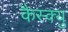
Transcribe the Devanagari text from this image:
कैस्क्यु